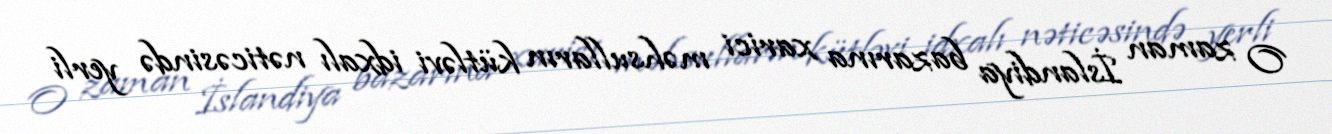
O zaman İslandiya bazarına xarici məhsulların kütləvi idxalı nəticəsində yerli